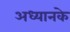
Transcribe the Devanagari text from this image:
अध्यानके